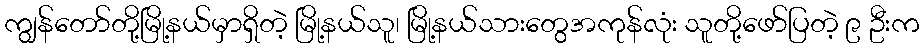
ကျွန်တော်တို့မြို့နယ်မှာရှိတဲ့ မြို့နယ်သူ၊ မြို့နယ်သားတွေအကုန်လုံး သူတို့ဖော်ပြတဲ့ ၉ ဦးက